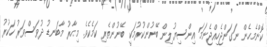
ކޮންމެހެން ނަގަންޖެހިއްޖެނަމަ އިންސިޔުލިން ބޭނުންކުރުމަކީ ބޭނުންތެރި ކަމެކެވެ. މިހާރު މާބަނޑު ދުވަސްވަރު ހަކުރު